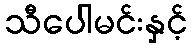
သီပေါမင်းနှင့်